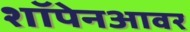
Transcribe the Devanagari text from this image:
शॉपेनआवर